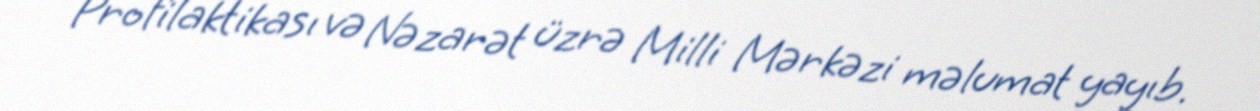
Profilaktikası və Nəzarət üzrə Milli Mərkəzi məlumat yayıb.